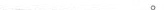
___。